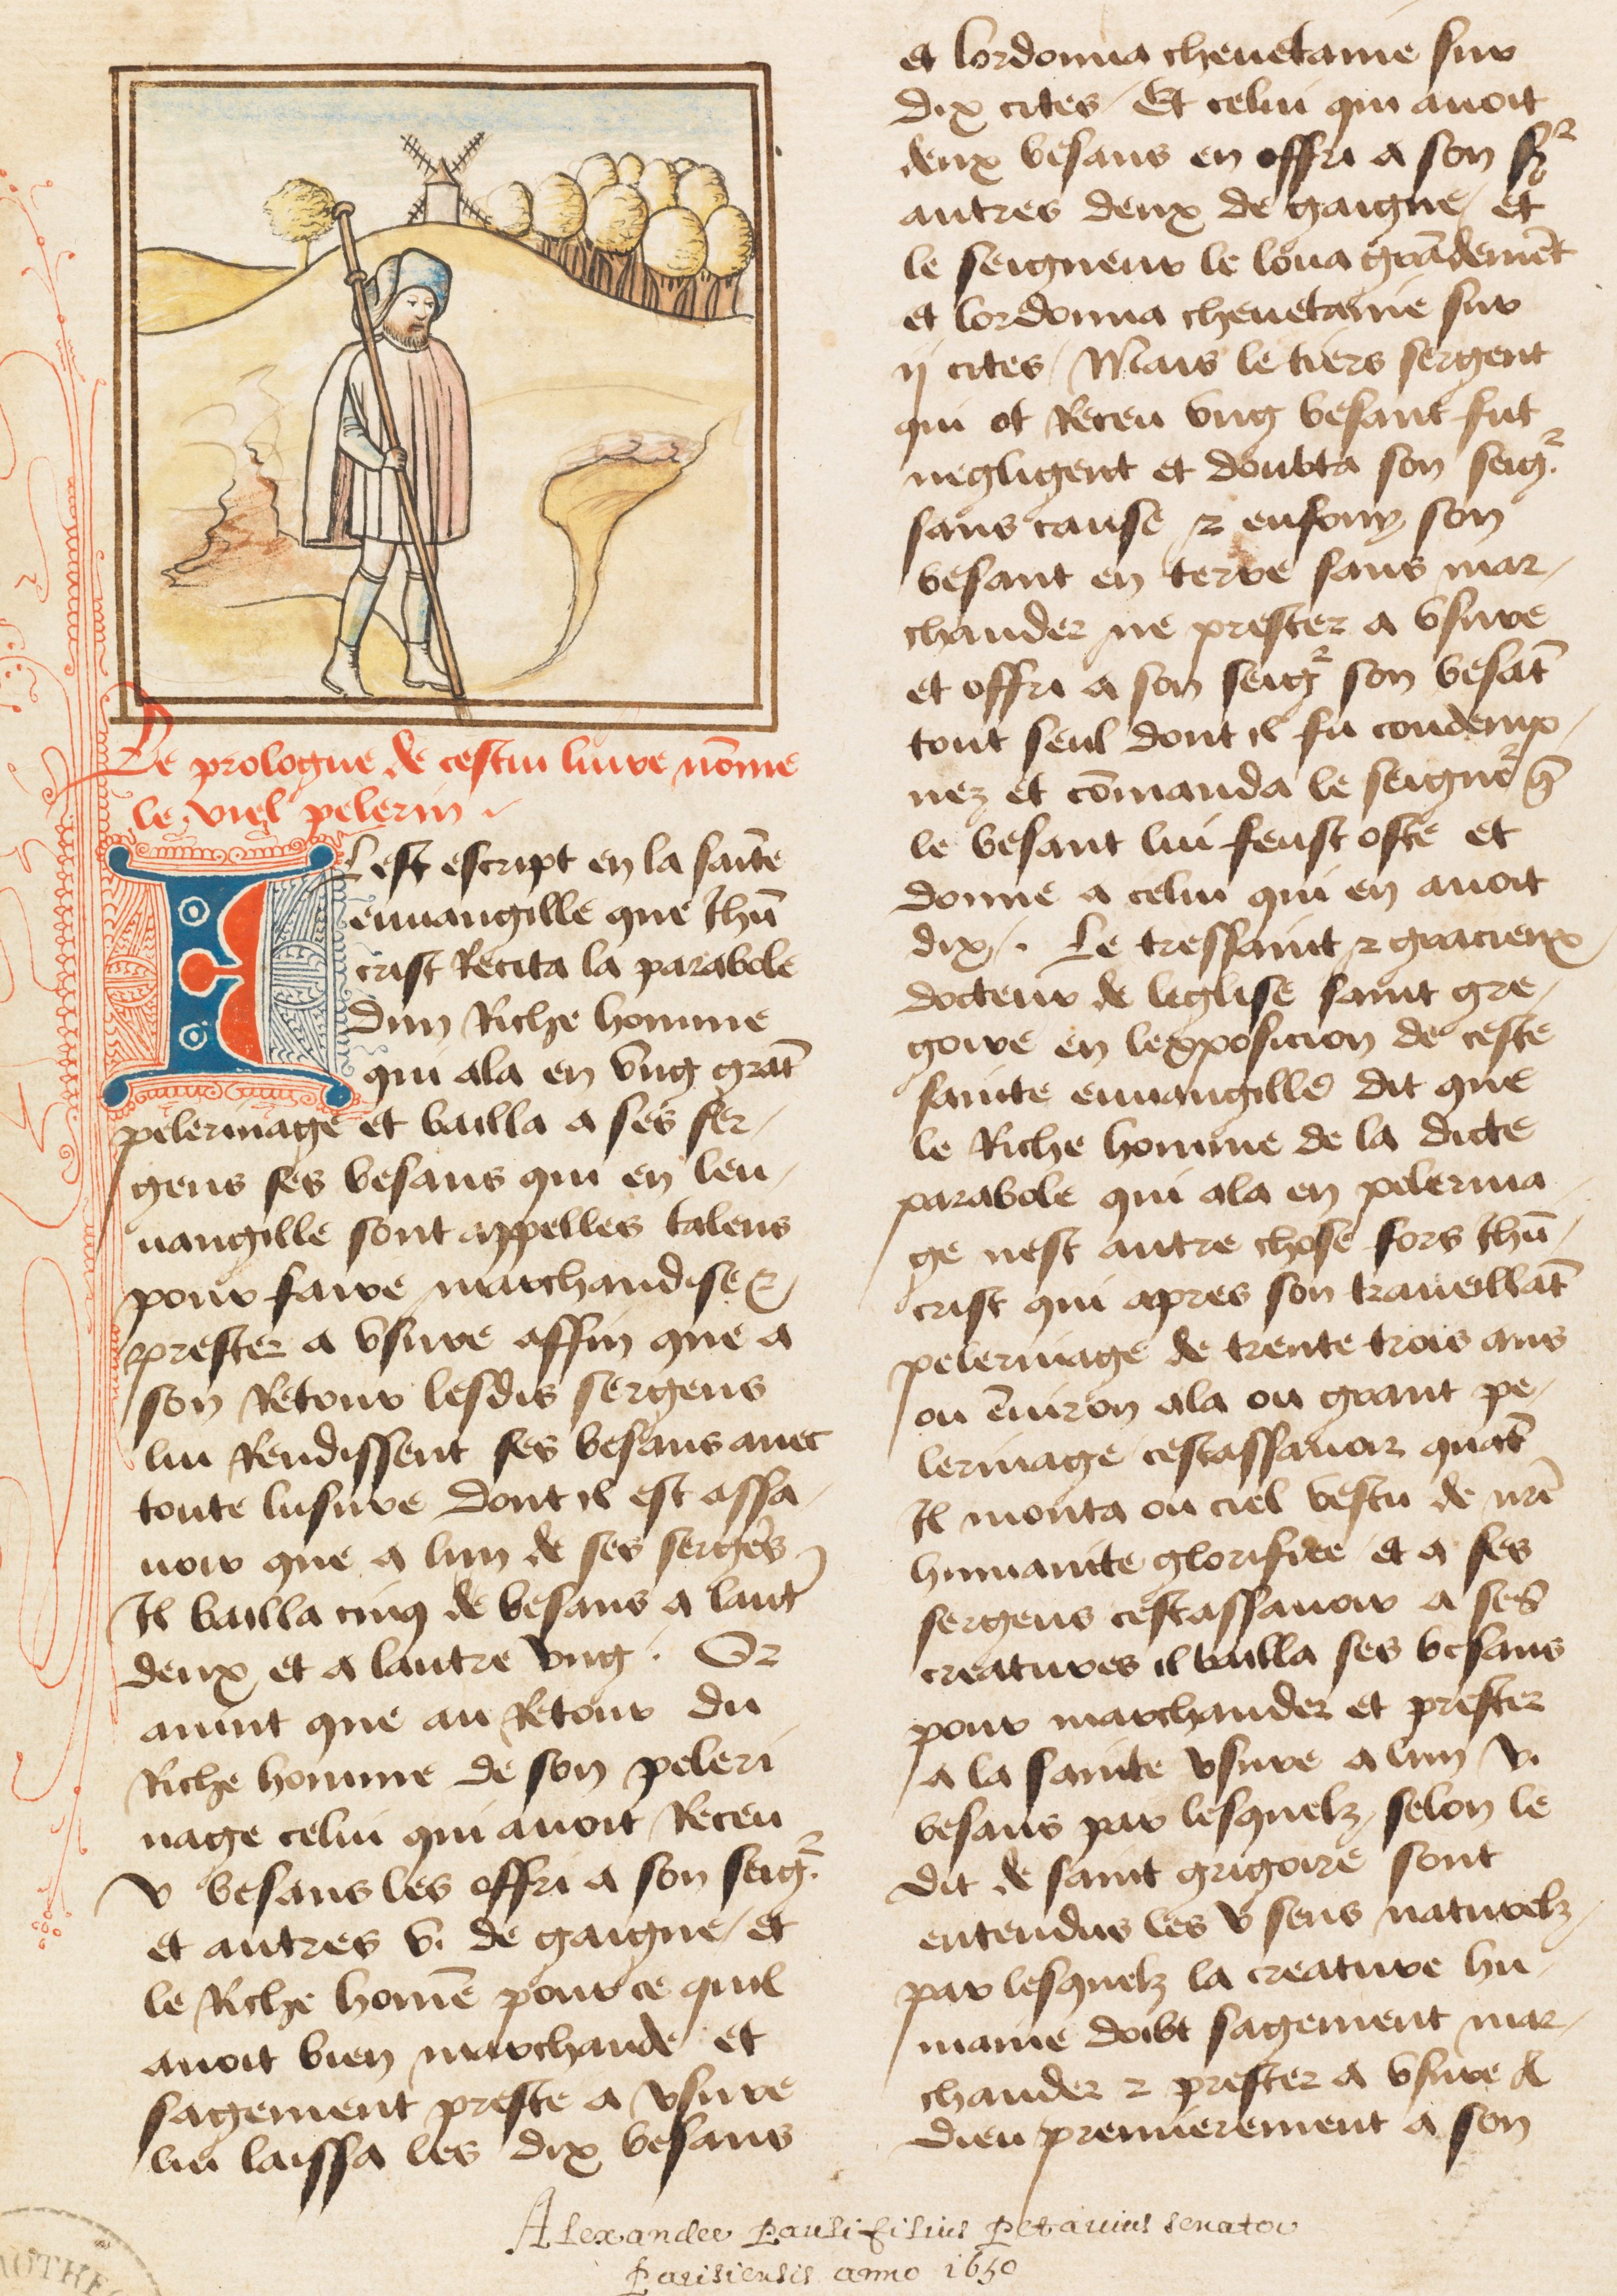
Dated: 1460–1470